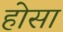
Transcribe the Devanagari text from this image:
होसा